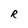
Character: R